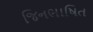
જિનભાષિત